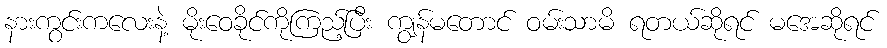
နားကွင်းကလေးနဲ့ မိုးဝေခိုင်ကိုကြည့်ပြီး ကျွန်မတောင် ဝမ်းသာမိ ရတယ်ဆိုရင် မအေဆိုရင်